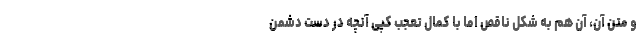
و متن آن، آن هم به شکل ناقص اما با کمال تعجب کپی آنچه در دست دشمن